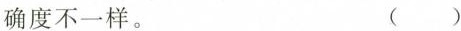
确度不一样。 ()